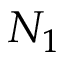
N _ { 1 }